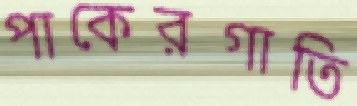
পাকেরগাতি